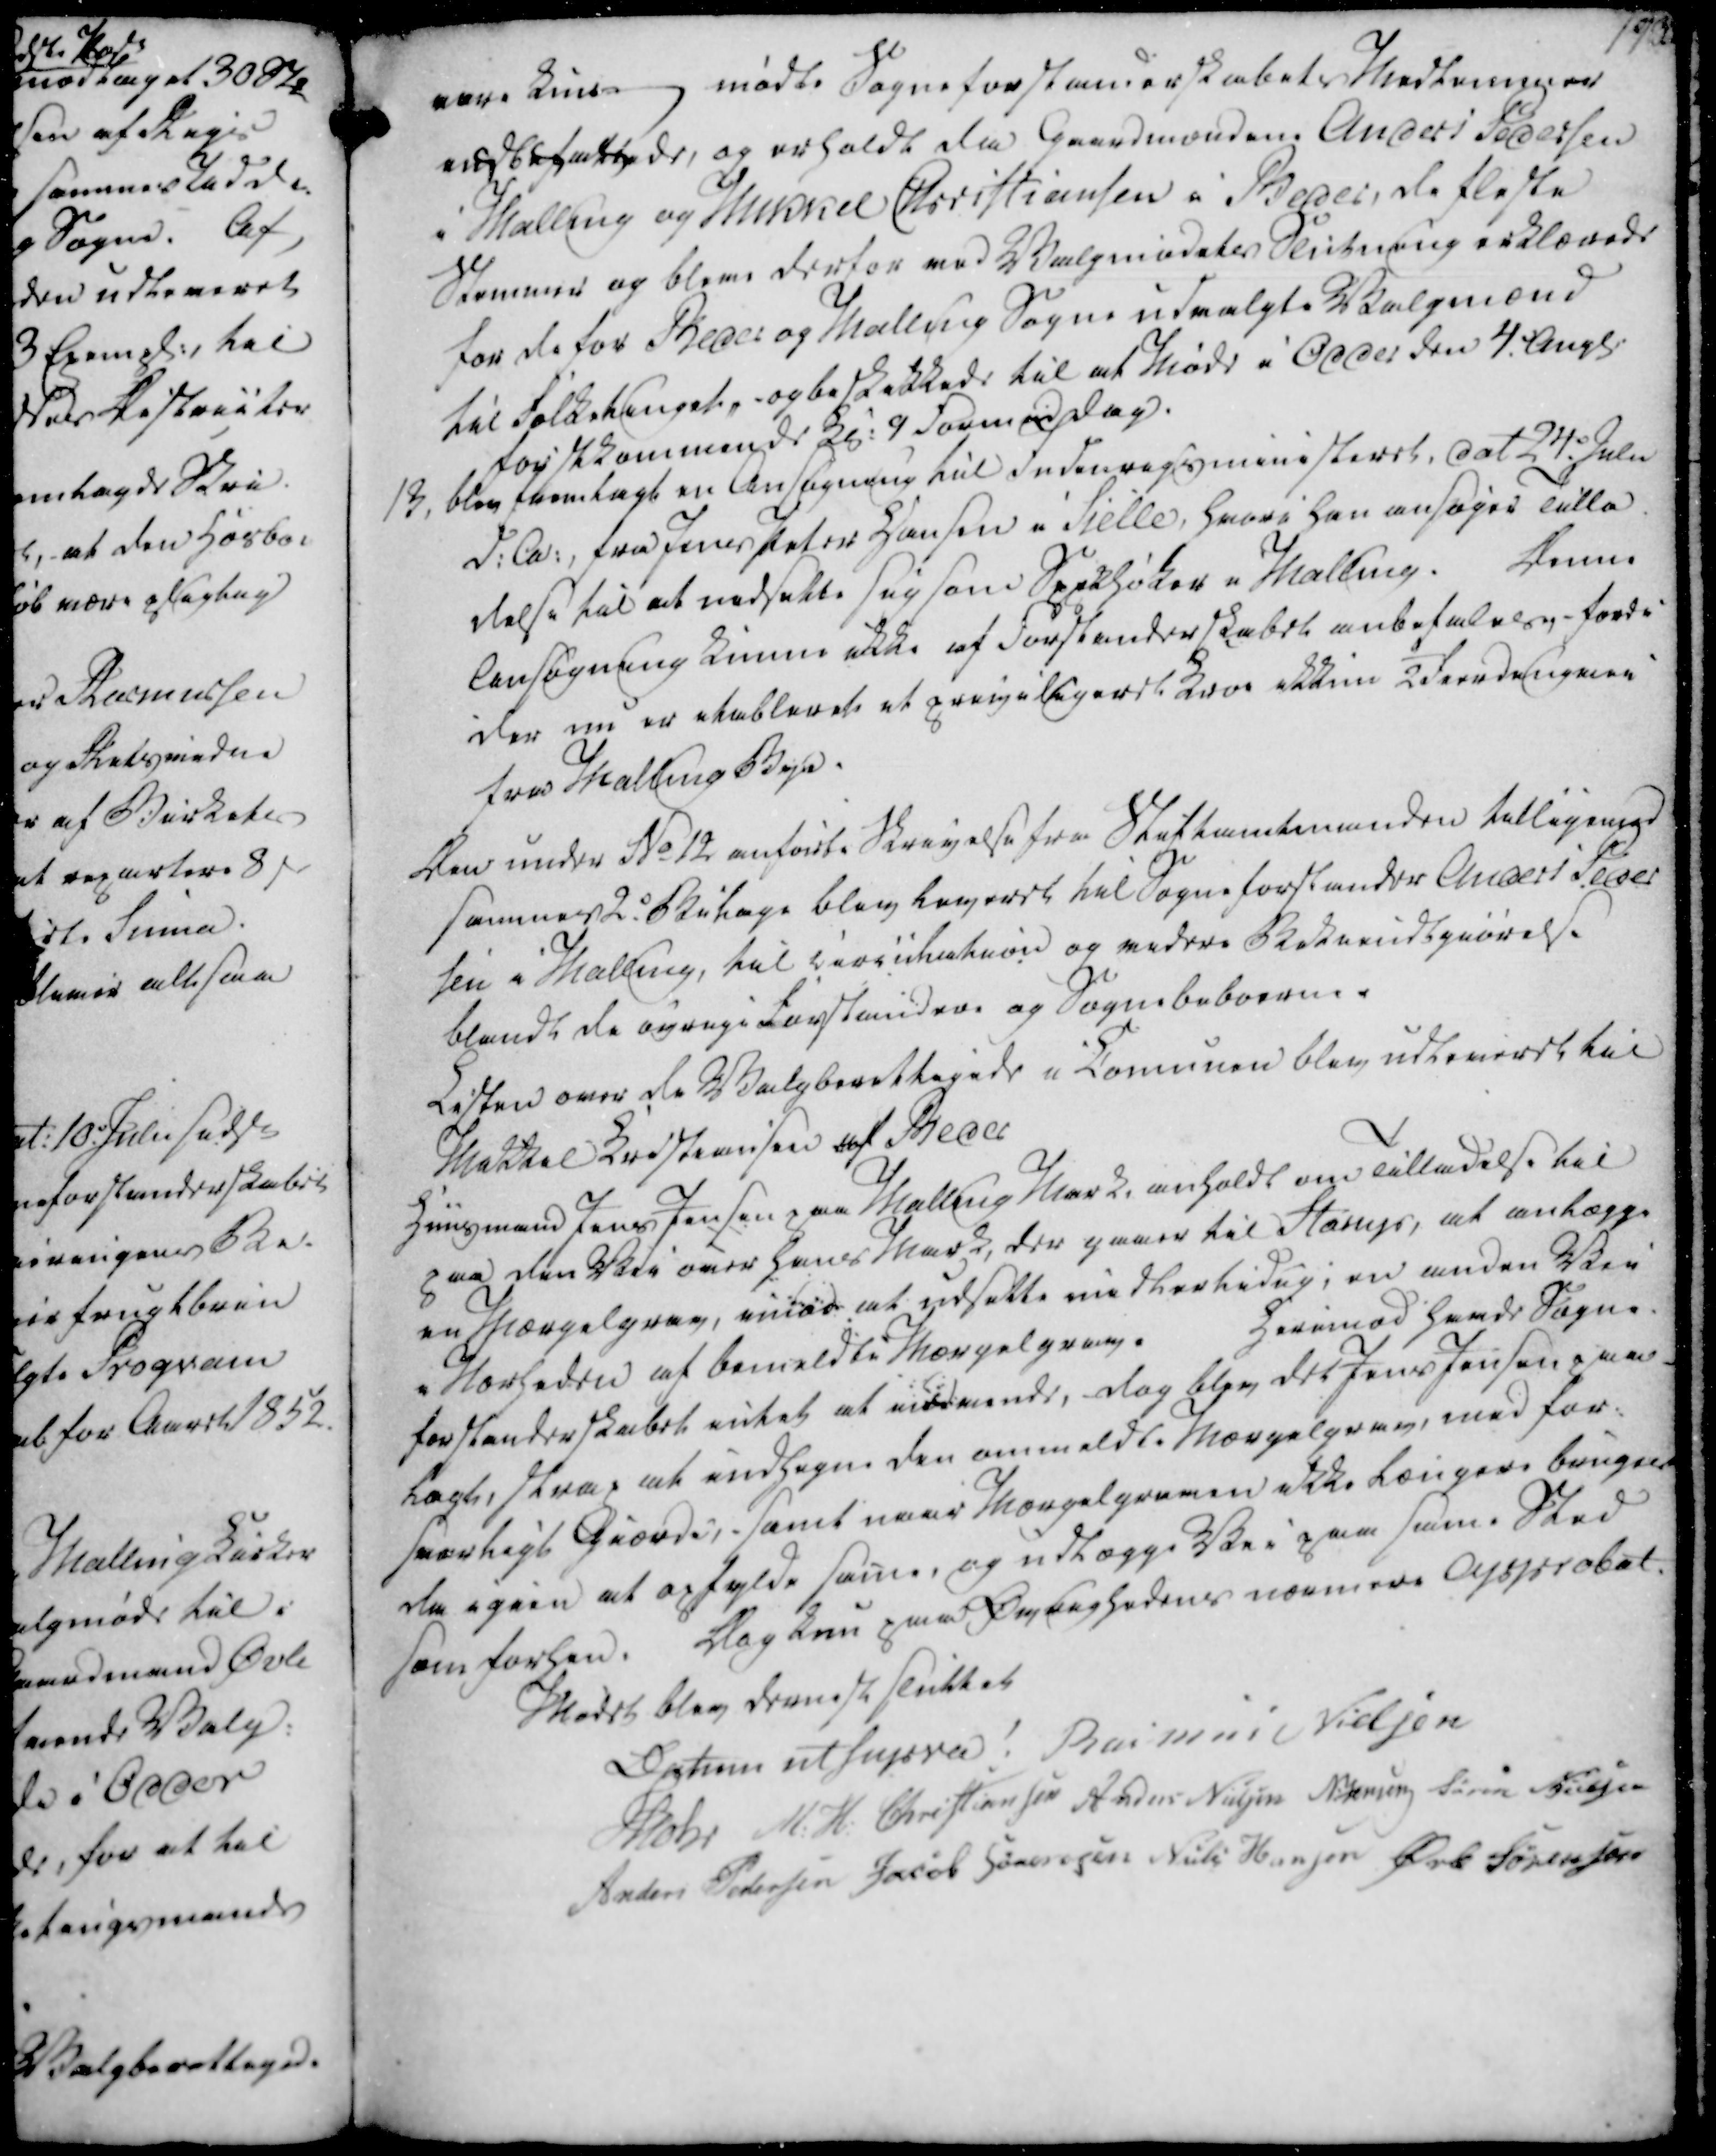
Transskription:
vare kuns - mødte Sogneforstanderskabets Medlemmer

indbefattede, og erholdt da Gaardmændene Anders Pedersen

i Malling og Mikkel Christiansen i Beder, de fleste

Stemmer og bleve derfor ved Valgmødetes Slutning erklærede

for de for Beder og Malling Sogne udvalgte Valgmænd

til Folketinget, og beskikkede til at Møde i Odder den 4 Augst.

førstkommende Kl. 9 Formiddag.

13, blev fremlagt en Ansøgning til Indenrigsministeret, dat 24. Julii

d.A., fra Jens Peter Hansen i Sielle, hvori han ansøger Tilla

delse til at indsette sig som Spekhøker i Malling.

Denne

Ansøgning kunne ikke af Forstanderskabet anbefalels fordi

der nu er etableret et privilegeret Kroe ikkun ½ fierdingvei

fra Malling Bye.

vare kuns - mødte Sogneforstanderskabets Medlemmer
indbefattede, og erholdt da Gaardmændene Anders Pedersen
i Malling og Mikkel Christiansen i Beder, de fleste
Stemmer og bleve derfor ved Valgmødetes Slutning erklærede
for de for Beder og Malling Sogne udvalgte Valgmænd
til Folketinget, og beskikkede til at Møde i Odder den 4 Augst.
førstkommende Kl. 9 Formiddag.
13, blev fremlagt en Ansøgning til Indenrigsministeret, dat 24. Julii
d.A., fra Jens Peter Hansen i Sielle, hvori han ansøger Tilla
delse til at indsette sig som Spekhøker i Malling.
Denne
Ansøgning kunne ikke af Forstanderskabet anbefalels fordi
der nu er etableret et privilegeret Kroe ikkun ½ fierdingvei
fra Malling Bye.

Den under No 12 anførte Skrivelse fra Stiftamtmanden tilligemed

sammes 2. Bilage blev leveret til Sogneforstander Anders Peder

sen i Malling, til circulation og videre Bekiendtgiørelse

blandt de øvrige Forstandere og Sognebeboerne

Listen over de Valgberettigede i Comunen blev udleveret til

Mikkel Kristiansen af Beder

Huusmand Jens Jensen paa Malling Mark, anholdt om Tilladelse til

paa den Vei over hans Mark, der gaaer til Starup, at anlægge

en Mærgelgrav, imod at udsette midlertidig, en anden Vei

i Nærheden af bemeldte Mærgelgrav.

Herimod havde Sogne

forstanderskabet intet at indvende, dog blev det Jens Jensen paa-

lagt, strax at indhegne den anmeldte Mærgelgrav, med for-

svarligt Giorde, samt naar Mærgelgraven ikke længere bruges

da igien at opfylde same, og udlægge Vei paa same Sted

som forhen.

Dog kun paa Øvrighedens nærmere Approbat.

Den under No 12 anførte Skrivelse fra Stiftamtmanden tilligemed
sammes 2. Bilage blev leveret til Sogneforstander Anders Peder
sen i Malling, til circulation og videre Bekiendtgiørelse
blandt de øvrige Forstandere og Sognebeboerne
Listen over de Valgberettigede i Comunen blev udleveret til
Mikkel Kristiansen af Beder
Huusmand Jens Jensen paa Malling Mark, anholdt om Tilladelse til
paa den Vei over hans Mark, der gaaer til Starup, at anlægge
en Mærgelgrav, imod at udsette midlertidig, en anden Vei
i Nærheden af bemeldte Mærgelgrav.
Herimod havde Sogne
forstanderskabet intet at indvende, dog blev det Jens Jensen paa-
lagt, strax at indhegne den anmeldte Mærgelgrav, med for-
svarligt Giorde, samt naar Mærgelgraven ikke længere bruges
da igien at opfylde same, og udlægge Vei paa same Sted
som forhen.
Dog kun paa Øvrighedens nærmere Approbat.

Mødet blev dernest sluttet

Datum ut supra!

Rasmus Nielsen

Mohr

M. H. Christiansen

Anders Nielsen

N. Jensen

Søren Nielsen

Anders Pedersen

Jacob Sørensen

Niels Hansen

Øvle Sørensen

Mødet blev dernest sluttet
Datum ut supra!
Rasmus Nielsen
Mohr
M. H. Christiansen
Anders Nielsen
N. Jensen
Søren Nielsen
Anders Pedersen
Jacob Sørensen
Niels Hansen
Øvle Sørensen